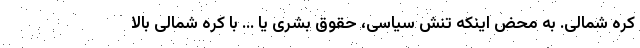
کره شمالی. به محض اینکه تنش سیاسی، حقوق بشری یا ... با کره شمالی بالا